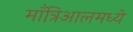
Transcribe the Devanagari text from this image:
माँत्रिआलमध्ये